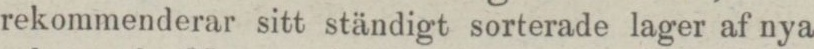
rekommenderar sitt ständigt sorterade lager af nya